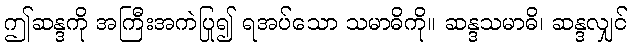
ဤဆန္ဒကို အကြီးအကဲပြု၍ ရအပ်သော သမာဓိကို။ ဆန္ဒသမာဓိ၊ ဆန္ဒလျှင်